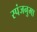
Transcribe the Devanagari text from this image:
स्पंजनुमा